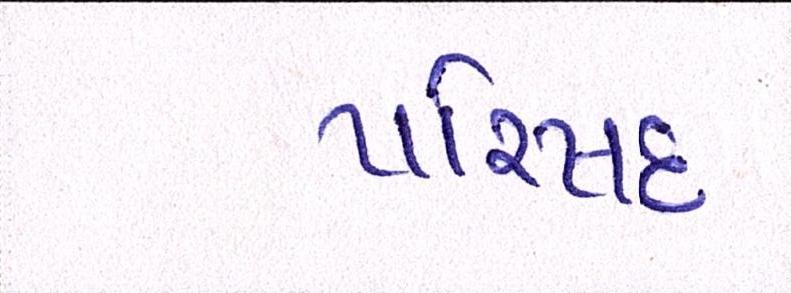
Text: પરિષદ